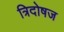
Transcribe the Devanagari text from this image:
त्रिदोषज